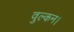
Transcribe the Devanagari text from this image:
वुल्कन।